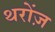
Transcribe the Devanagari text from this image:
थरोंज़